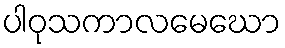
ပါဝုသကာလမေဃော